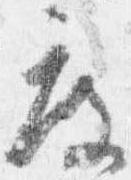
度